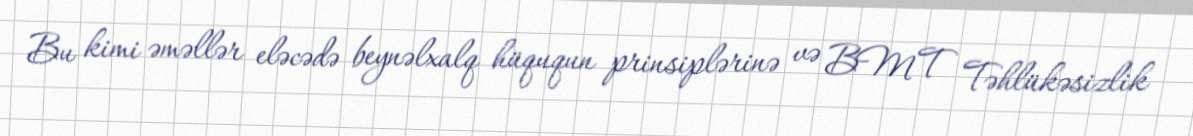
Bu kimi əməllər eləcədə beynəlxalq hüququn prinsiplərinə və BMT Təhlükəsizlik